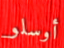
أوسلو